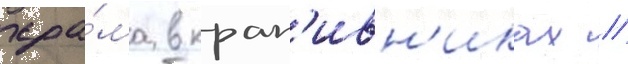
хра́ма в крап'ивн'иках //